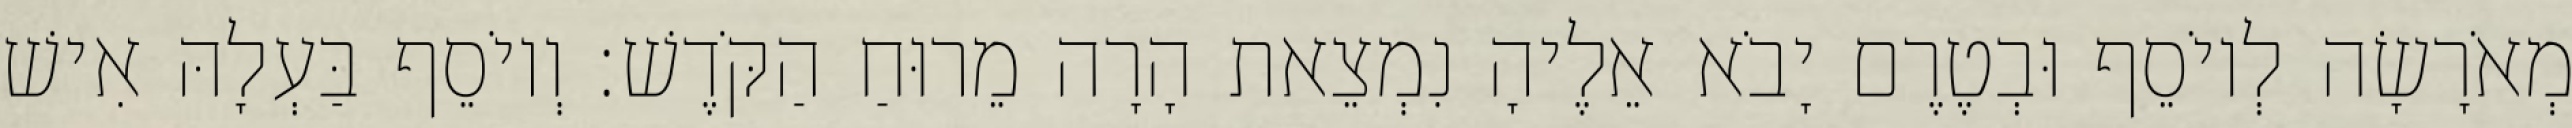
מְאֹרָשָׂה לְיוֹסֵף וּבְטֶרֶם יָבֹא אֵלֶיהָ נִמְצֵאת הָרָה מֵרוּחַ הַקֹּדֶשׁ׃ וְיוֹסֵף בַּעְלָהּ אִישׁ